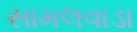
સામલવાડા